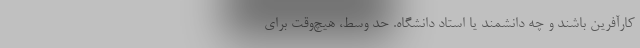
کارآفرین باشند و چه دانشمند یا استاد دانشگاه. حد وسط، هیچ‌وقت برای